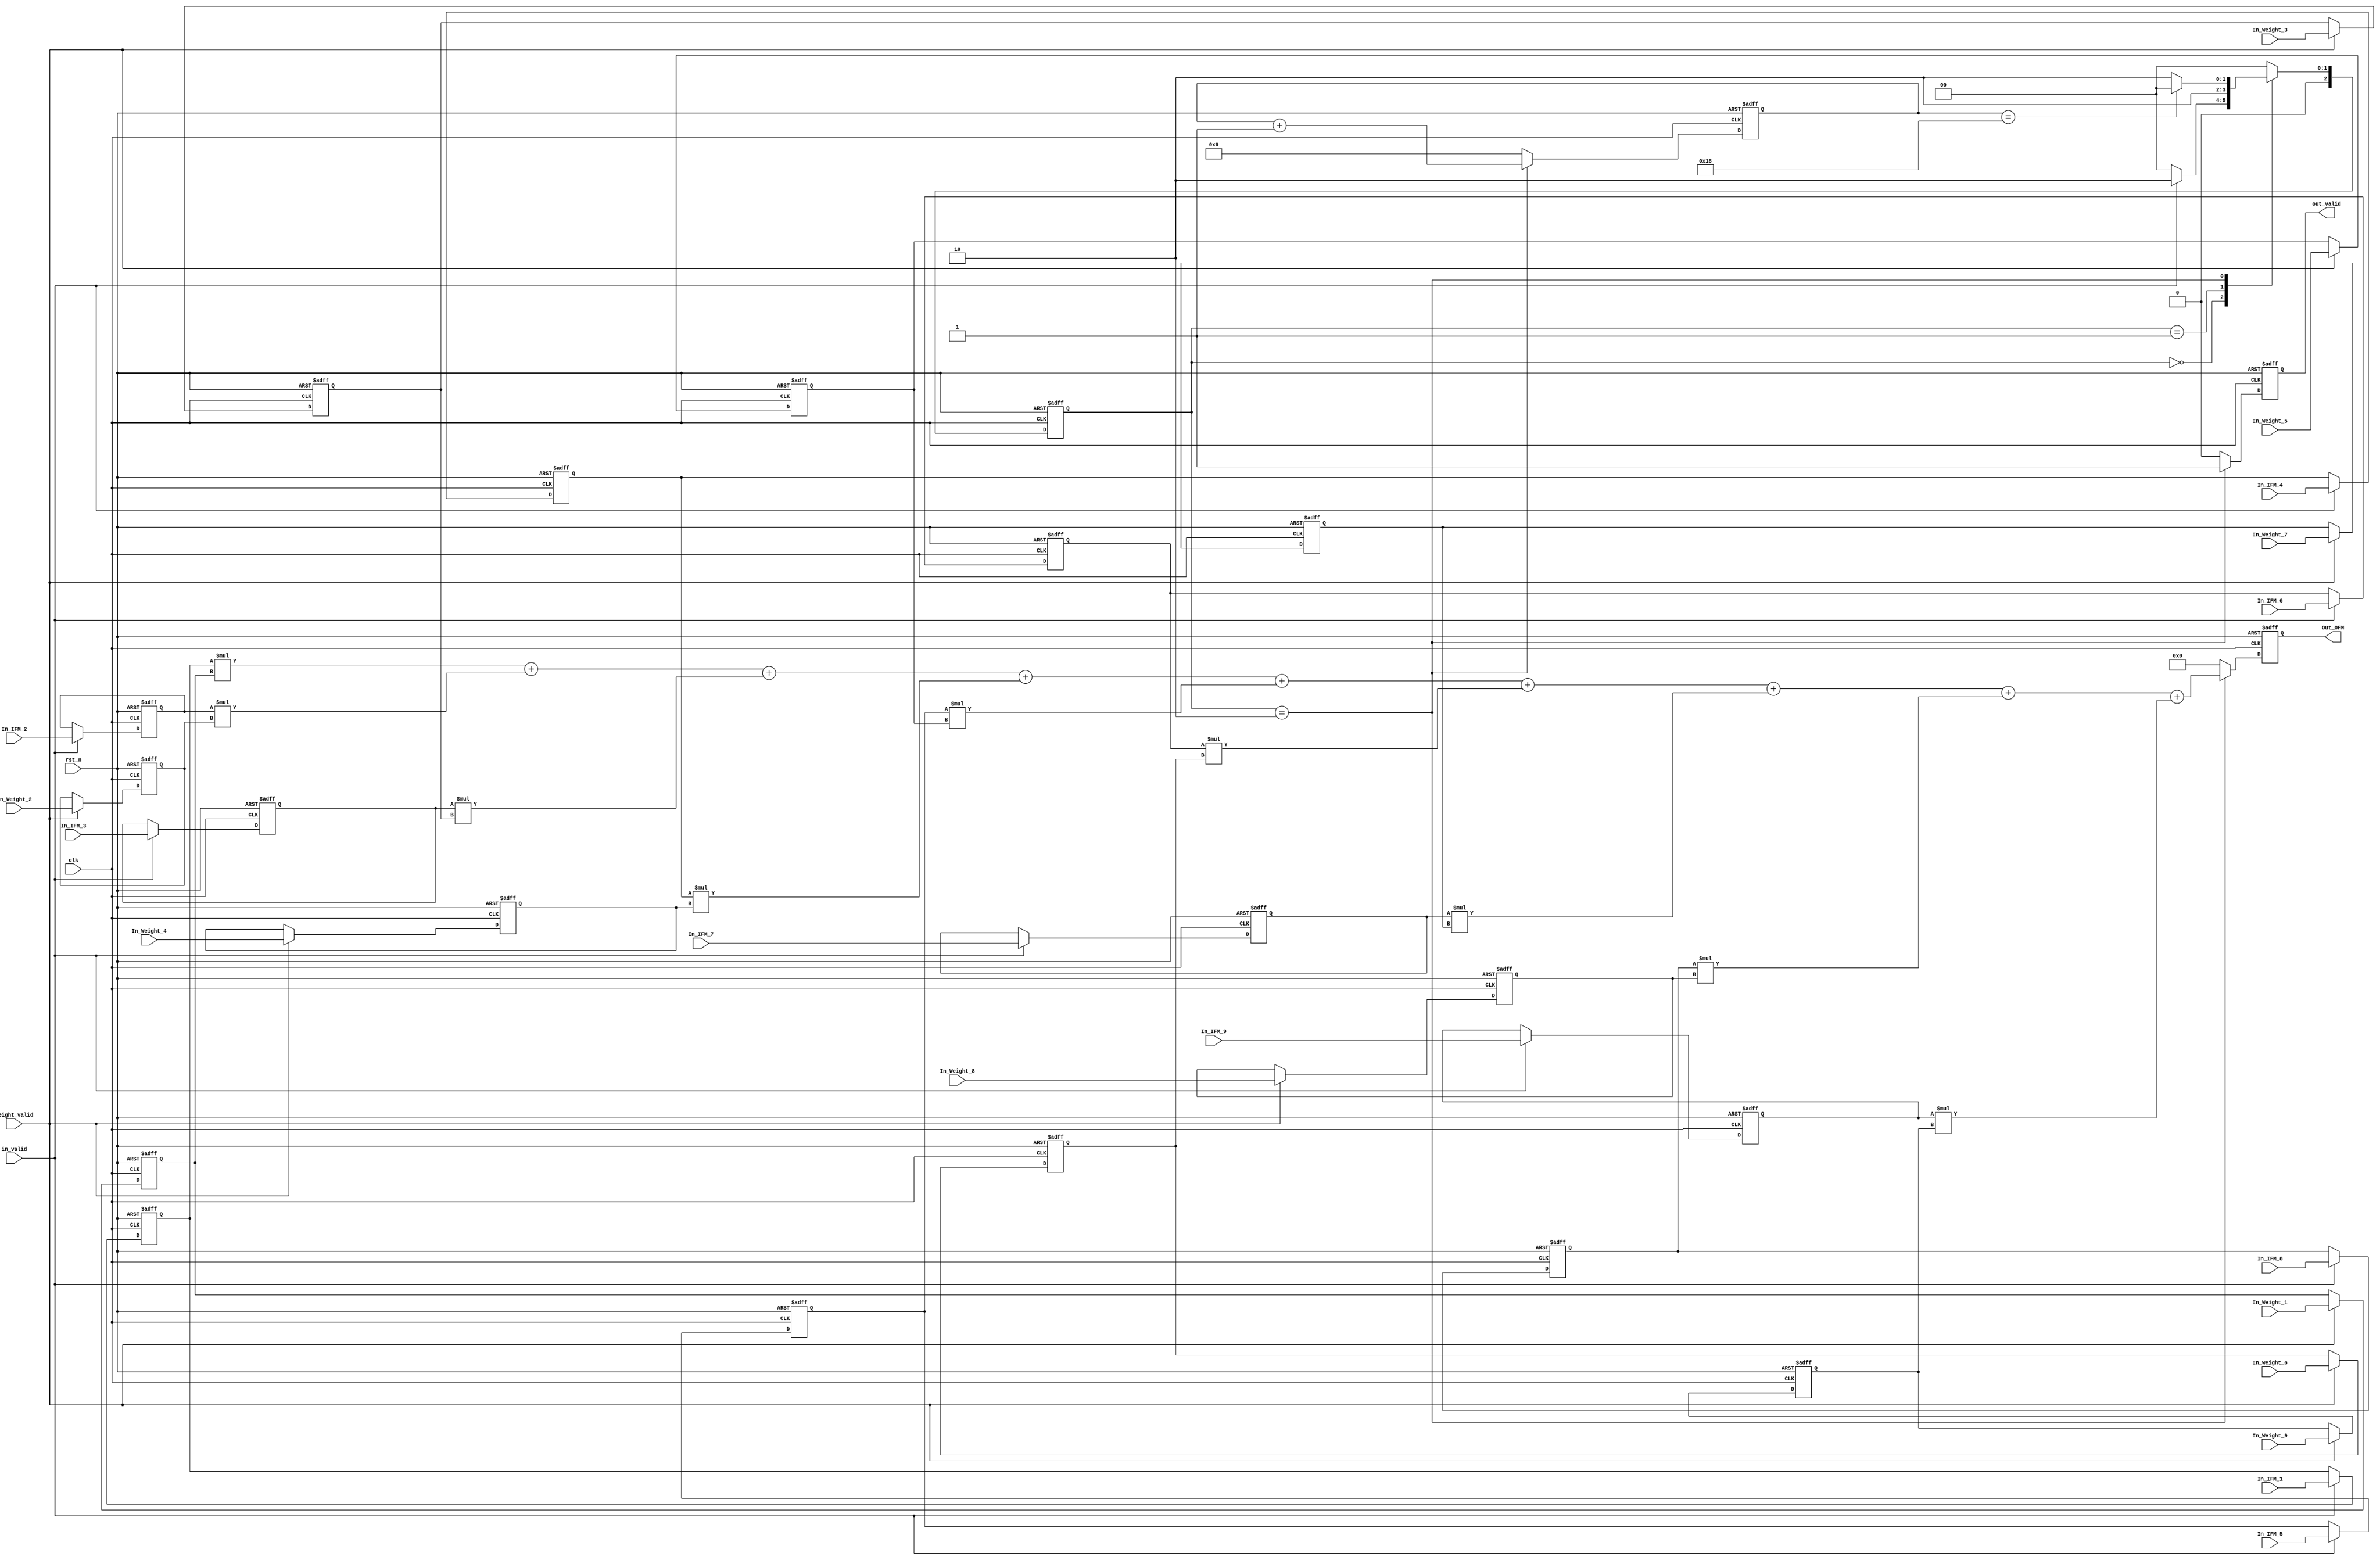
module Convolution_without_pipeline(
	//input
    clk,
    rst_n,
	in_valid,
	weight_valid,
	In_IFM_1,
	In_IFM_2,
	In_IFM_3,
	In_IFM_4,
    In_IFM_5,
	In_IFM_6,
	In_IFM_7,
	In_IFM_8,
	In_IFM_9,
    In_Weight_1,
    In_Weight_2,
    In_Weight_3,
	In_Weight_4,
    In_Weight_5,
    In_Weight_6,
    In_Weight_7,
    In_Weight_8,
    In_Weight_9,
	//output
    out_valid, 
	Out_OFM	

);

input clk, rst_n, in_valid, weight_valid;
input [7:0]In_IFM_1;
input [7:0]In_IFM_2;
input [7:0]In_IFM_3;
input [7:0]In_IFM_4;
input [7:0]In_IFM_5;
input [7:0]In_IFM_6;
input [7:0]In_IFM_7;
input [7:0]In_IFM_8;
input [7:0]In_IFM_9;		
input [7:0]In_Weight_1;
input [7:0]In_Weight_2;
input [7:0]In_Weight_3;
input [7:0]In_Weight_4;
input [7:0]In_Weight_5;
input [7:0]In_Weight_6;
input [7:0]In_Weight_7;
input [7:0]In_Weight_8;
input [7:0]In_Weight_9;


//////////////The output port shoud be registers///////////////////////
output reg out_valid;
output reg [20:0] Out_OFM;
//////////////////////////////////////////////////////////////////////


/////////////You need use Registers to receive inputs//////////////////////
reg [7:0]IFM_1;
reg [7:0]IFM_2;
reg [7:0]IFM_3;
reg [7:0]IFM_4;
reg [7:0]IFM_5;
reg [7:0]IFM_6;
reg [7:0]IFM_7;
reg [7:0]IFM_8;
reg [7:0]IFM_9;		
reg [7:0]Weight_1;
reg [7:0]Weight_2;
reg [7:0]Weight_3;
reg [7:0]Weight_4;
reg [7:0]Weight_5;
reg [7:0]Weight_6;
reg [7:0]Weight_7;
reg [7:0]Weight_8;
reg [7:0]Weight_9;
///////////////////////////////////////////////////////////////////////////

reg [2:0] state_cs, state_ns;
parameter IDLE = 3'd0;
parameter IN_DATA = 3'd1;
parameter EXE = 3'd2;
reg [4:0] count_out;

always@(posedge clk or negedge rst_n) begin
	if(!rst_n)
		state_cs <= IDLE;
	else
		state_cs <= state_ns;
end

always@(*) begin
	case(state_cs)
		IDLE:
		begin
			if(in_valid)
				state_ns = EXE;
			else
				state_ns = IDLE;
		end
		
		IN_DATA:
		begin
			state_ns = EXE;
		end
		EXE:
		begin
			if(count_out == 24)
				state_ns = IDLE;
			else
				state_ns = EXE;
		end
		default:
			state_ns = IDLE;
	endcase
end

always@(posedge clk or negedge rst_n) begin
	if(!rst_n) begin
		Weight_1 <= 0 ;
        Weight_2 <= 0 ;
        Weight_3 <= 0 ;
        Weight_4 <= 0 ;
		Weight_5 <= 0 ;
        Weight_6 <= 0 ;
        Weight_7 <= 0 ;
        Weight_8 <= 0 ;
		Weight_9 <= 0 ;
	end
	
	else if(weight_valid) begin
		Weight_1 <= In_Weight_1;
        Weight_2 <= In_Weight_2;
        Weight_3 <= In_Weight_3;
        Weight_4 <= In_Weight_4;
		Weight_5 <= In_Weight_5;
        Weight_6 <= In_Weight_6;
        Weight_7 <= In_Weight_7;
        Weight_8 <= In_Weight_8;
		Weight_9 <= In_Weight_9;
	end
end

always@(posedge clk or negedge rst_n) begin
	if(!rst_n) begin
		IFM_1  <= 0;
        IFM_2  <= 0;
        IFM_3  <= 0;
        IFM_4  <= 0;
		IFM_5  <= 0;
        IFM_6  <= 0;
        IFM_7  <= 0;
        IFM_8  <= 0;
		IFM_9  <= 0;

	end
	
	else if(in_valid) begin
		IFM_1  <= In_IFM_1 ;
        IFM_2  <= In_IFM_2 ;
        IFM_3  <= In_IFM_3 ;
        IFM_4  <= In_IFM_4 ;
		IFM_5  <= In_IFM_5 ;
        IFM_6  <= In_IFM_6 ;
        IFM_7  <= In_IFM_7 ;
        IFM_8  <= In_IFM_8 ;
		IFM_9  <= In_IFM_9 ;

	end
end

always@(posedge clk or negedge rst_n) begin
	if(!rst_n)
		count_out <= 0;
	else if(state_cs == EXE)
		count_out <= count_out + 1;
	else
		count_out <= 0;
end

always@(posedge clk or negedge rst_n) begin
	if(!rst_n)
		out_valid <= 0;
	else if(state_cs == EXE)
		out_valid <= 1;
	else
		out_valid <= 0;
end

always@(posedge clk or negedge rst_n) begin
	if(!rst_n)
		Out_OFM <= 0;	
	else if(state_cs == EXE) begin
		Out_OFM <= (IFM_1*Weight_1 + IFM_2*Weight_2 + IFM_3*Weight_3 + IFM_4*Weight_4 + IFM_5*Weight_5 + IFM_6*Weight_6 + IFM_7*Weight_7 + IFM_8*Weight_8 + IFM_9*Weight_9);
	end
	else
		Out_OFM <= 0;
end
endmodule